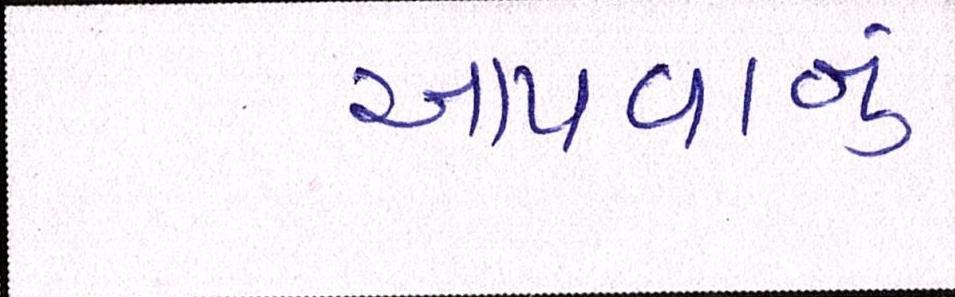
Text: આપવાનું